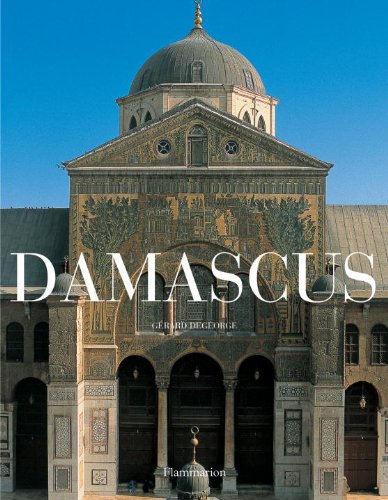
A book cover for Damascus; Gerard Degeorge; History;